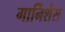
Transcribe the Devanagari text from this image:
गार्निशेस